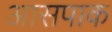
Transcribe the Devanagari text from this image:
आसपाक